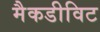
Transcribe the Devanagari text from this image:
मैकडीविट